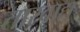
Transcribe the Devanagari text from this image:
तारवाद्य